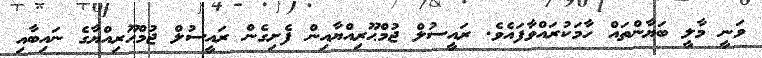
ވަނީ މާލީ ބަޔާންތައް ހާމަކުރައްވާފައެވެ. ރައީސުލް ޖުމްޙޫރިއްޔާއިން ފެށިގެން ރައީސުލް ޖުމްޙޫރިއްޔާގެ ނައިބާއި